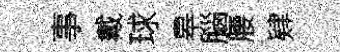
事戴球皋腦腰肄